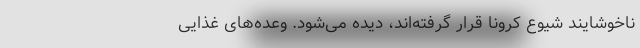
ناخوشایند شیوع کرونا قرار گرفته‌اند، دیده می‌شود. وعده‌های غذایی